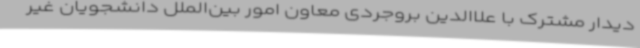
دیدار مشترک با علاالدین‌ بروجردی معاون امور بین‌الملل دانشجویان غیر